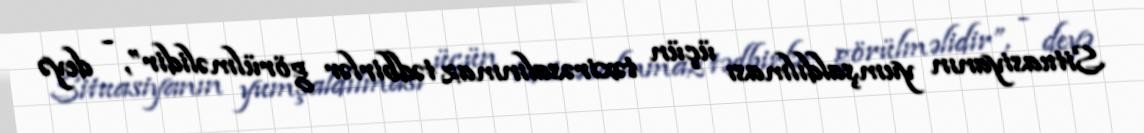
Situasiyanın yumşaldılması üçün təxirəsalınmaz tədbirlər görülməlidir”, - deyə